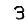
Digit: 3